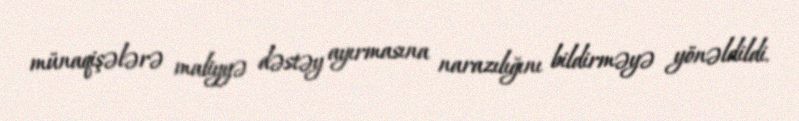
münaqişələrə maliyyə dəstəy ayırmasına narazılığını bildirməyə yönəldildi.